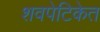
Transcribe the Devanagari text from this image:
शवपेटिकेत